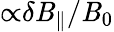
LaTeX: {\propto}\delta\mathit{B}_{\parallel}/\mathit{B}_{0}